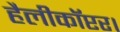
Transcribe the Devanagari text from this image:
हैलीकॉप्टर।